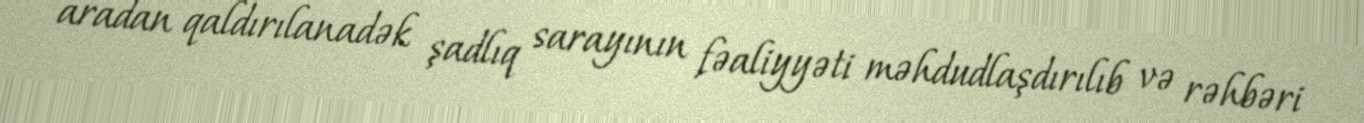
aradan qaldırılanadək şadlıq sarayının fəaliyyəti məhdudlaşdırılıb və rəhbəri